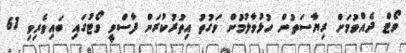
ވޯޓް ދެއްވުމަށް ރިޔާސަތުން ހުޅުވާލުމުން ވަގުތު އިތުުރުކުރަން ފާސްވީ ވޯޓުގައި ބައިވެރިވި 61